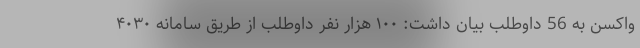
واکسن به 56 داوطلب بیان داشت: ۱۰۰ هزار نفر داوطلب از طریق سامانه ۴۰۳۰